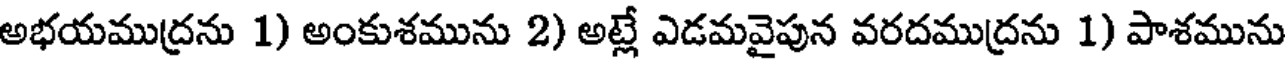
అభయముద్రను 1) అంకుశమును 2) అట్లే ఎడమవైపున వరదముద్రను 1) పాశమును